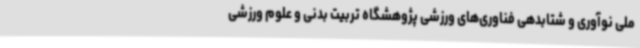
ملی نوآوری و شتابدهی فناوری‌های ورزشی پژوهشگاه تربیت بدنی و علوم ورزشی